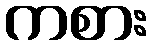
ကစား